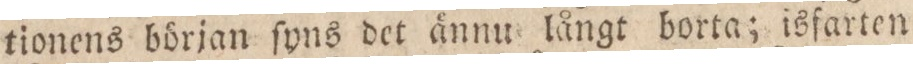
tionens början ſyns det ännu långt borta; isfarten